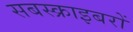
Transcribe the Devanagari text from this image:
सबस्क्राइबरों